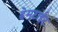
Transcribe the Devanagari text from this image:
हेमटाईट